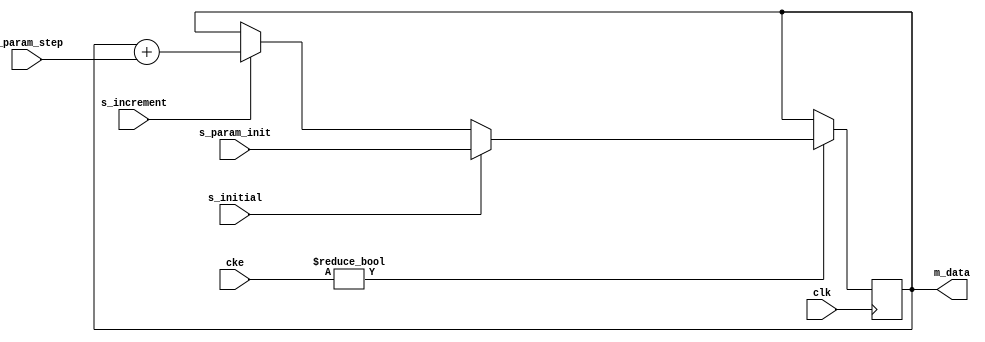
// ---------------------------------------------------------------------------
//  Jelly  -- The platform for real-time computing
//
//                                 Copyright (C) 2008-2015 by Ryuji Fuchikami
//                                 https://github.com/ryuz/jelly.git
// ---------------------------------------------------------------------------



`timescale 1ns / 1ps
`default_nettype none



// /
module jelly_integer_step
        #(
            parameter   DATA_WIDTH = 32
        )
        (
            input   wire                                clk,
            
            input   wire    [5:0]                       cke,
            
            // input
            input   wire    signed  [DATA_WIDTH-1:0]    s_param_init,
            input   wire    signed  [DATA_WIDTH-1:0]    s_param_step,
            input   wire                                s_initial,
            input   wire                                s_increment,
            
            // output
            output  wire    signed  [DATA_WIDTH-1:0]    m_data
        );
    
    reg     signed  [DATA_WIDTH-1:0]    reg_data;
    
    always @(posedge clk) begin
        if ( cke ) begin
            if ( s_initial ) begin
                reg_data <= s_param_init;
            end
            else begin
                if ( s_increment ) begin
                    reg_data <= reg_data + s_param_step;
                end
            end
        end
    end
    
    assign m_data = reg_data;
    
endmodule


`default_nettype wire


// end of file